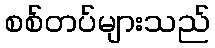
စစ်တပ်များသည်